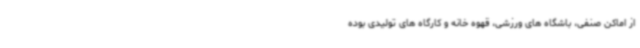
از اماکن صنفی، باشگاه های ورزشی، قهوه خانه و کارگاه های تولیدی بوده